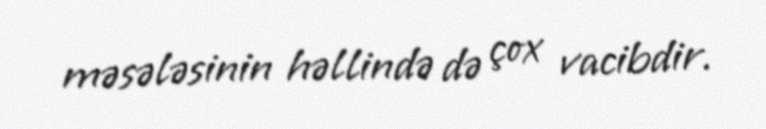
məsələsinin həllində də çox vacibdir.